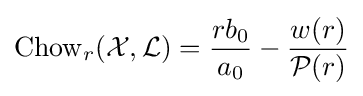
\operatorname {Chow} _{r}({\mathcal {X}},{\mathcal {L}})={\frac {rb_{0}}{a_{0}}}-{\frac {w(r)}{{\mathcal {P}}(r)}}